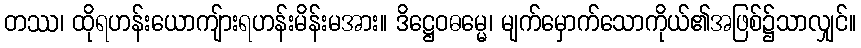
တဿ၊ ထိုရဟန်းယောကျ်ားရဟန်းမိန်းမအား။ ဒိဋ္ဌေဝဓမ္မေ၊ မျက်မှောက်သောကိုယ်၏အဖြစ်၌သာလျှင်။